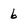
Character: 6